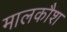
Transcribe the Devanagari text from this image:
मालकौश